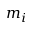
m _ { i }